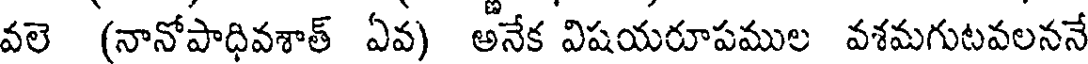
వలె (నానోపాధివశాత్ ఏవ) అనేక విషయరూపముల వశమగుటవలననే